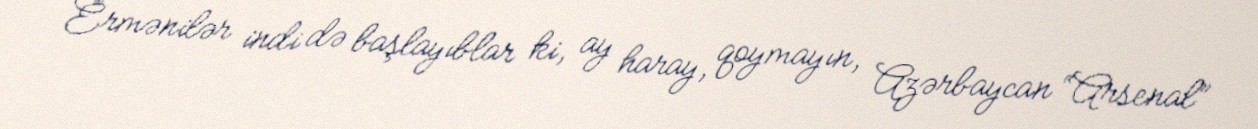
Ermənilər indi də başlayıblar ki, ay haray, qoymayın, Azərbaycan “Arsenal”